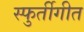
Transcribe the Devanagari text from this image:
स्फुर्तीगीत